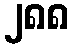
၂၈၈